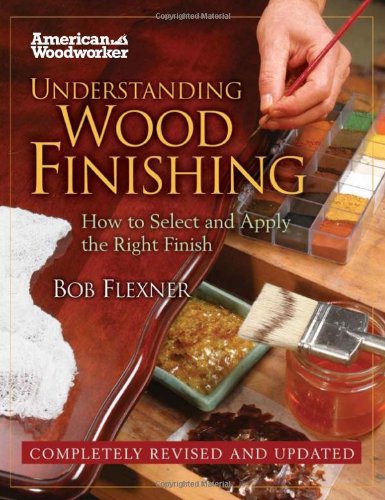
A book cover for Understanding Wood Finishing HC (FC Edition): How to Select and Apply the RIght Finish (American Woodworker); Bob Flexner; Crafts, Hobbies & Home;